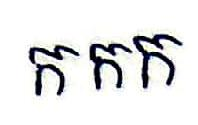
កកក